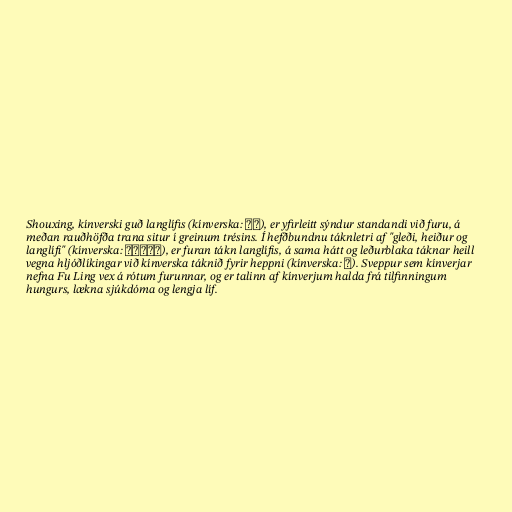
Shouxing, kínverski guð langlífis (kínverska: 寿星), er yfirleitt sýndur standandi við furu, á
meðan rauðhöfða trana situr í greinum trésins. Í hefðbundnu táknletri af "gleði, heiður og
langlífi" (kínverska: 福禄寿三星), er furan tákn langlífis, á sama hátt og leðurblaka táknar heill
vegna hljóðlíkingar við kínverska táknið fyrir heppni (kínverska: 福). Sveppur sem kínverjar
nefna Fu Ling vex á rótum furunnar, og er talinn af kínverjum halda frá tilfinningum
hungurs, lækna sjúkdóma og lengja líf.